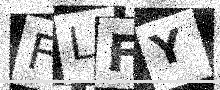
Text: FLFY